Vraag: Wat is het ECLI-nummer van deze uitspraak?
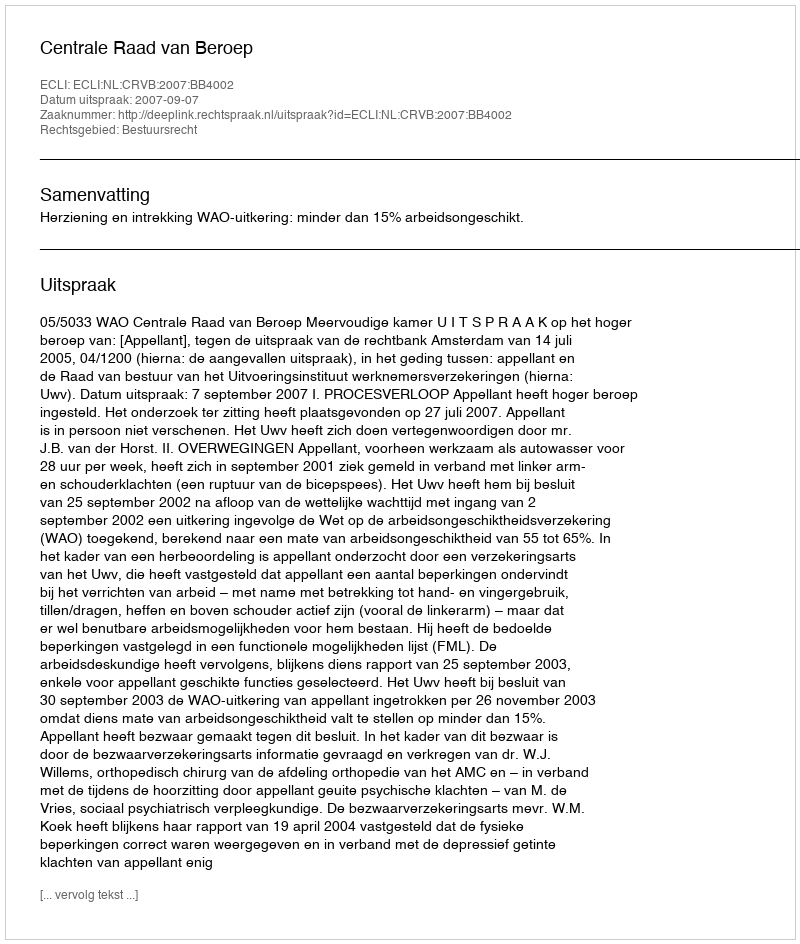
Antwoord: ECLI:NL:CRVB:2007:BB4002